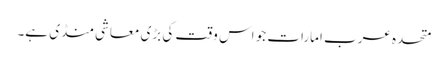
متحدہ عرب امارات جو اس وقت کی بڑی معاشی منڈی ہے۔